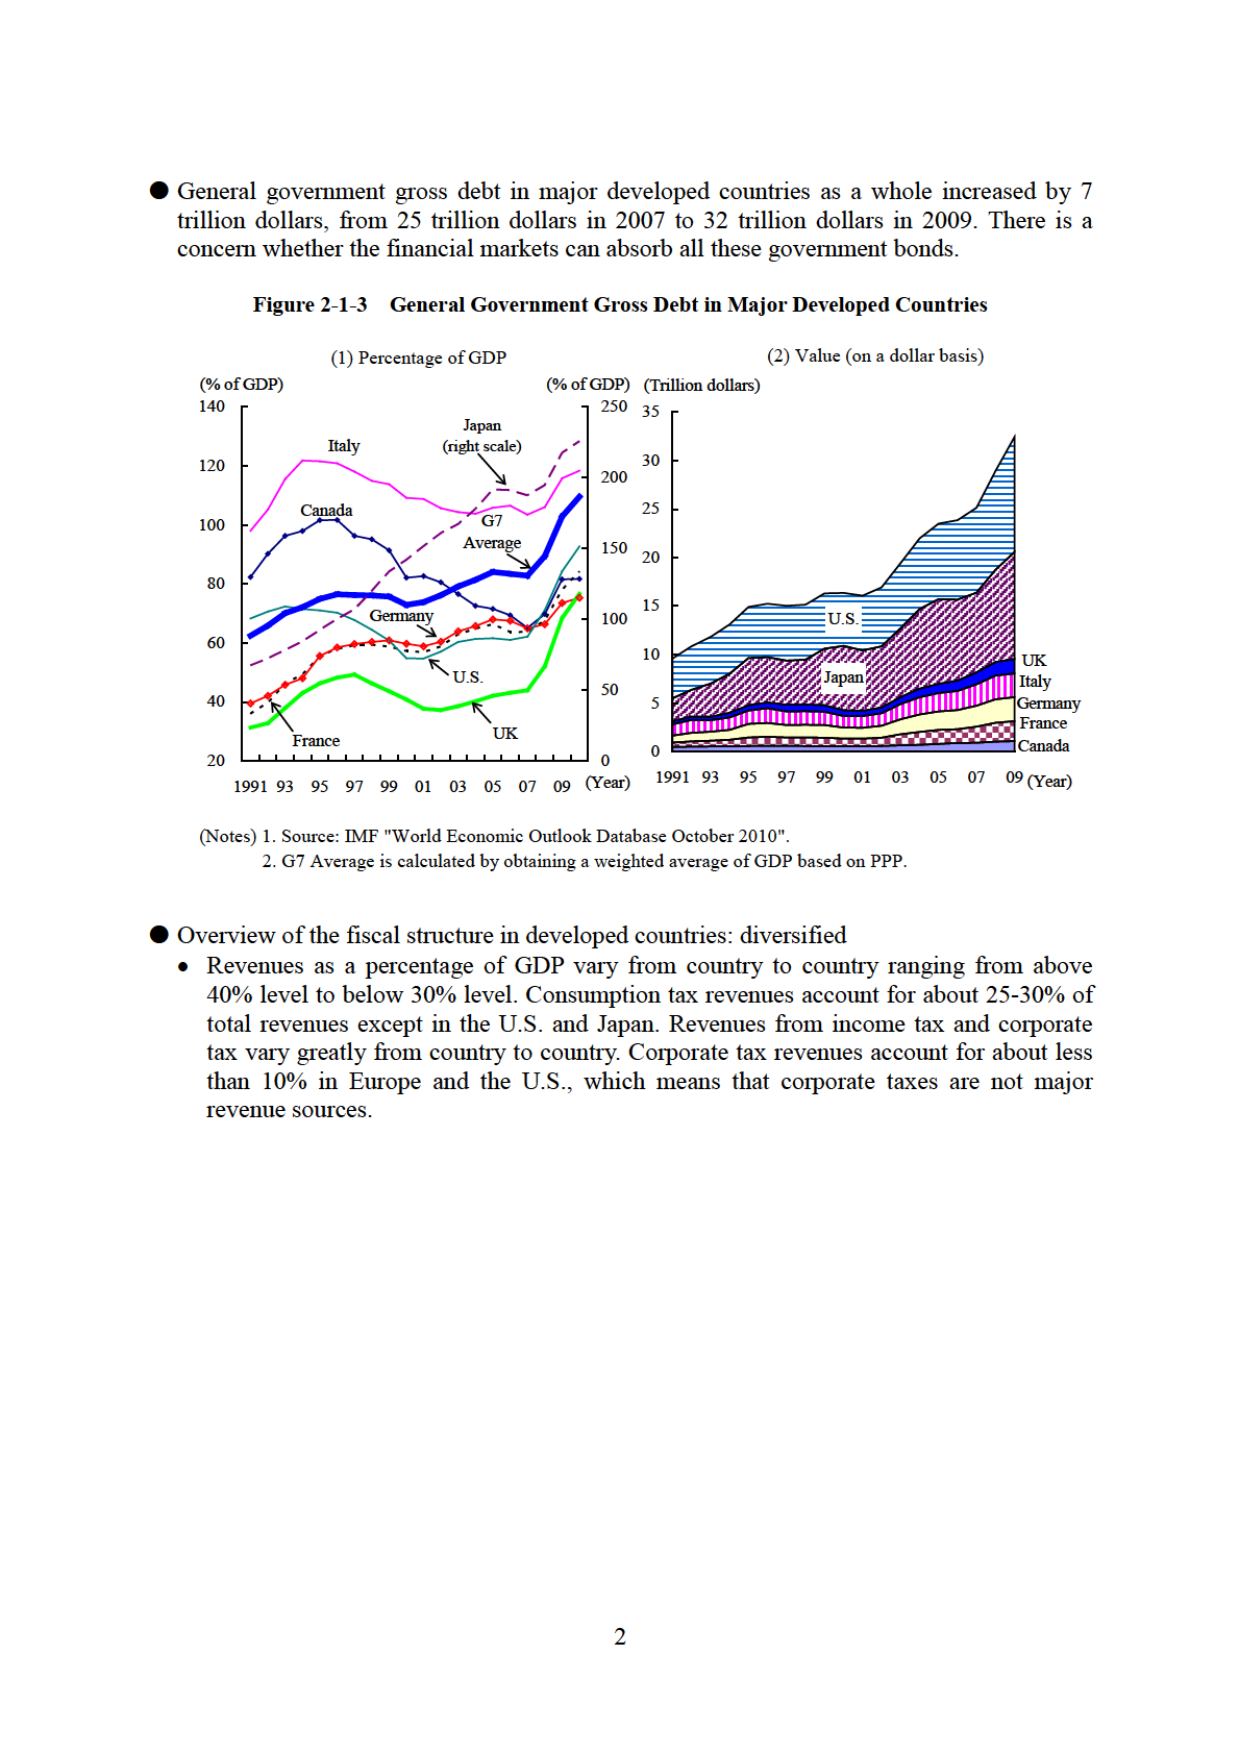
● General government gross debt in major developed countries as a whole increased by 7 trillion dollars, from 25 trillion dollars in 2007 to 32 trillion dollars in 2009. There is a concern whether the financial markets can absorb all these government bonds.

Figure 2-1-3 General Government Gross Debt in Major Developed Countries

(1) Percentage of GDP
(% of GDP)
140
120
100
80
60
40
20
1991 93 95 97 99 01 03 05 07 09 (Year)
Italy
Canada
Germany
U.S.
France
UK
Japan (right scale)
G7 Average

(2) Value (on a dollar basis)
(% of GDP) (Trillion dollars)
250
35
200
30
150
25
100
20
50
15
0
10
5
0
1991 93 95 97 99 01 03 05 07 09 (Year)
U.S.
Japan
UK
Italy
Germany
France
Canada

(Notes) 1. Source: IMF "World Economic Outlook Database October 2010".
2. G7 Average is calculated by obtaining a weighted average of GDP based on PPP.

● Overview of the fiscal structure in developed countries: diversified
• Revenues as a percentage of GDP vary from country to country ranging from above 40% level to below 30% level. Consumption tax revenues account for about 25-30% of total revenues except in the U.S. and Japan. Revenues from income tax and corporate tax vary greatly from country to country. Corporate tax revenues account for about less than 10% in Europe and the U.S., which means that corporate taxes are not major revenue sources.

2